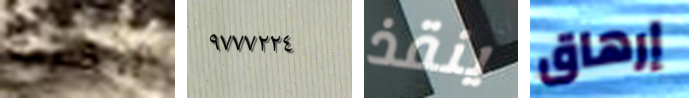
أحضرناه ٩٧٧٧٢٢٤ ينقذ إرهاق